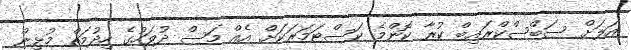
އަލަށް ސަބްސްކްރައިބް ކުރާ ކޮންމެ ކަސްޓަމަރަކަށް އެއް މަސް ދުވަހުގެ ހިދުމަތް މުޅިން